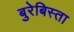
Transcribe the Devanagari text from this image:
बुरेबिस्ता